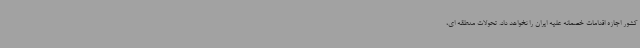
کشور اجازه اقدامات خصمانه علیه ایران را نخواهد داد. تحولات منطقه ای،